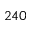
2 4 0